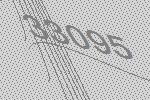
33095